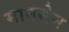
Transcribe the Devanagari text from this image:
मानसेन